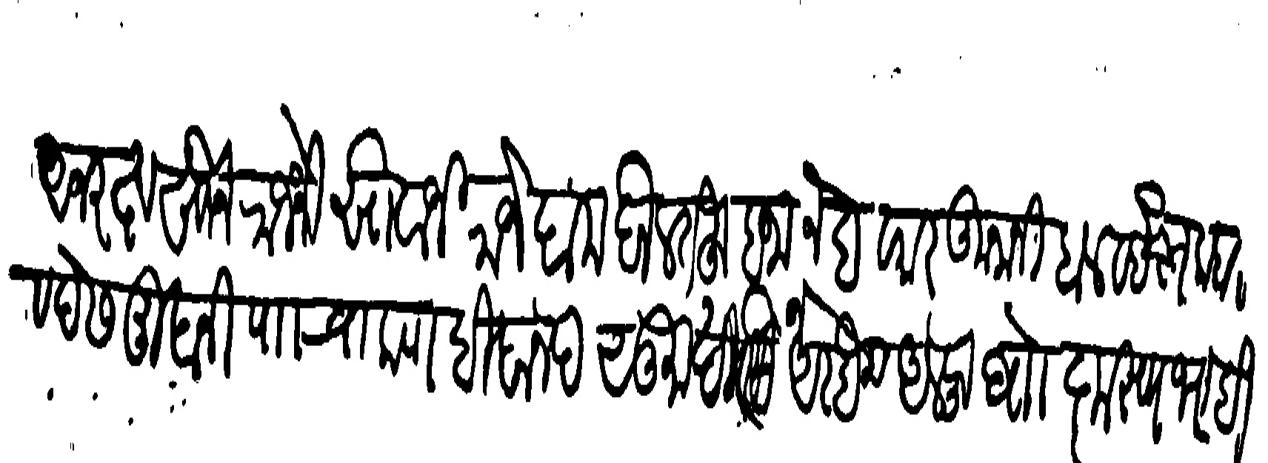
Transliteration (Devanagari): अजरस्तखाने राजेश्री सिवाजी राजे दाम दौलतह बजानेब व कारकुनानी हाल व इस्तकबाल व देसमुखानी पाा चाकण बिदानद सा तिसा अरबेन अलफ बाा कृस्णा भट बिन